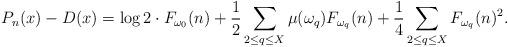
LaTeX: \begin{align*}P_n(x) - D(x) = \log 2 \cdot F_{\omega_0}(n) + \frac12 \sum_{2\le q \leq X} \mu(\omega_q)F_{\omega_q}(n) + \frac14 \sum_{2\le q \leq X} F_{\omega_q}(n)^2.\end{align*}